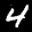
Label: 4